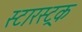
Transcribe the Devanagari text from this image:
स्टारस्ट्रक